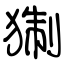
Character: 猘